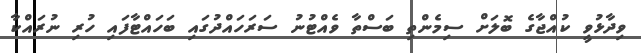
ވިދާޅުވީ ކުއްޖާގެ ބޮލަށް ސިމެންތި ބަސްތާ ވެއްޓުނު ސަރަހައްދުގައި ބަހައްޓާފައި ހުރި ނުރައްކާ